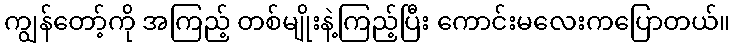
ကျွန်တော့်ကို အကြည့် တစ်မျိုးနဲ့ကြည့်ပြီး ကောင်းမလေးကပြောတယ်။